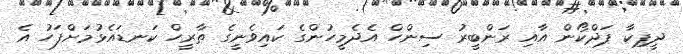
ދީޕިކާ ޕަދްކޯން އާއި ރަންބީރު ސިންހް އެދެމީހުންގެ ކައިވެނީގެ ތާރީހް ކަނޑައެޅުމަށްފަހު އެ